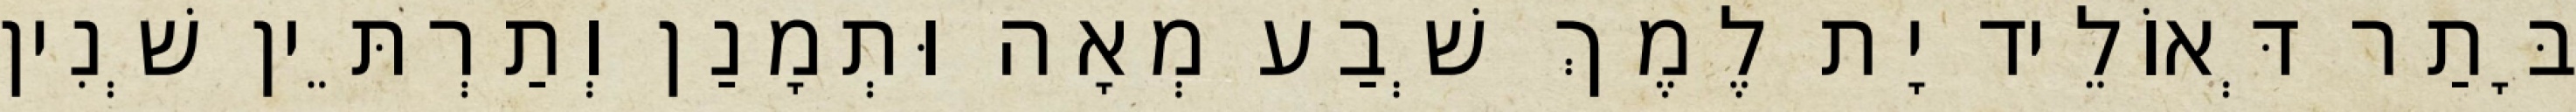
בָּתַר דְּאוֹלֵיד יָת לֶמֶךְ שְׁבַע מְאָה וּתְמָנַן וְתַרְתֵּין שְׁנִין